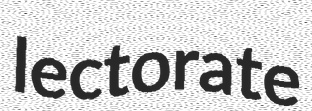
lectorate